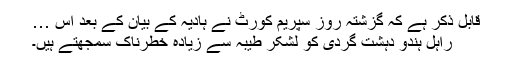
قابل ذکر ہے کہ گزشتہ روز سپریم کورٹ نے ہادیہ کے بیان کے بعد اس …
راہل ہندو دہشت گردی کو لشکر طیبہ سے زیادہ خطرناک سمجھتے ہیں۔